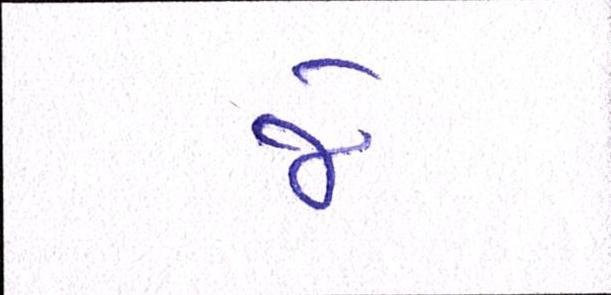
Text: જે